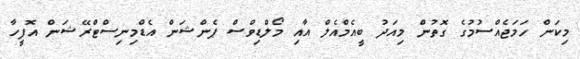
މިކަން ހަމަޖެއްސުމުގެ ގޮތުން މިއަަދު ބީއެމްއެލް އާއި މޯލްޑިވްސް ޕެންޝަން އެޑްމިނިސްޓްރޭޝަން އޮފީހާ